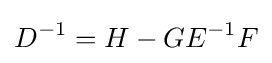
{D}^{-1}={H}-{GE}^{-1}{F}